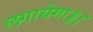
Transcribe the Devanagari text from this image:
लगायेगा॥।